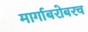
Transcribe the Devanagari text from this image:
मार्गाबरोबरच